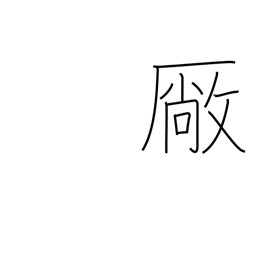
Meaning: workshop